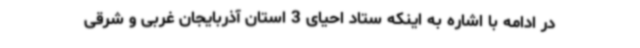
در ادامه با اشاره به اینکه ستاد احیای 3 استان آذربایجان غربی و شرقی